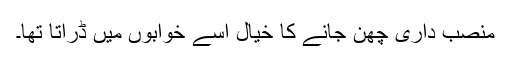
منصب داری چھن جانے کا خیال اسے خوابوں میں ڈراتا تھا۔